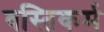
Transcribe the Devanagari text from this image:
वस्तिकर्म